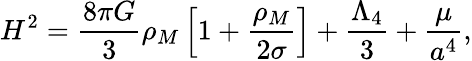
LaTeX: H^{2}=\frac{8\pi G}{3}\rho_{M}\left[1+\frac{\rho_{M}}{2\sigma}\right]+\frac{\Lambda_{4}}{3}+\frac{\mu}{a^{4}},